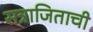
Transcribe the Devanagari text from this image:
सत्राजिताची